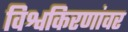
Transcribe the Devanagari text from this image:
विश्वकिरणांवर